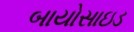
બાયોસાઇડ